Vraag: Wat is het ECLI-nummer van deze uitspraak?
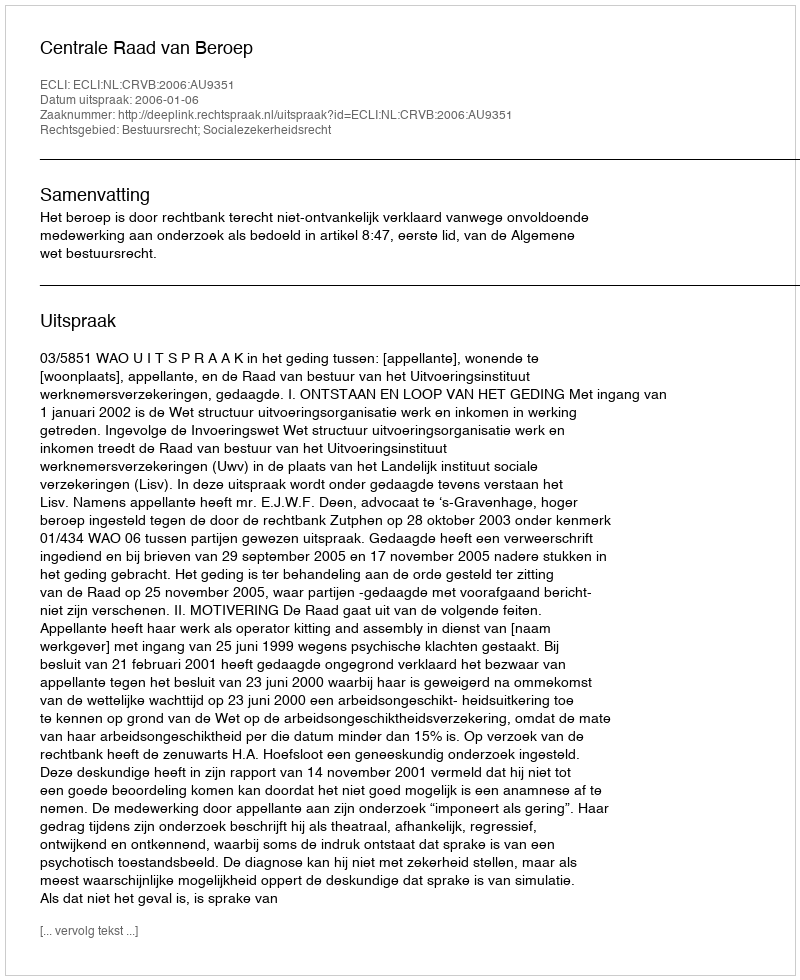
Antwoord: ECLI:NL:CRVB:2006:AU9351